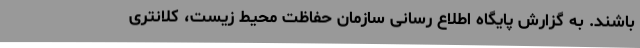
باشند. به گزارش پایگاه اطلاع رسانی سازمان حفاظت محیط زیست، کلانتری